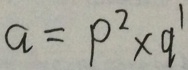
a = p ^ { 2 } \times q ^ { 1 }